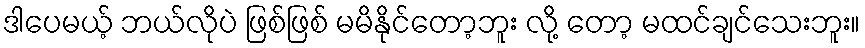
ဒါပေမယ့် ဘယ်လိုပဲ ဖြစ်ဖြစ် မမိနိုင်တော့ဘူး လို့ တော့ မထင်ချင်သေးဘူး။